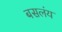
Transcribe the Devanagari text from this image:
बसलंय